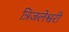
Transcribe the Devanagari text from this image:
त्रिजलेश्वरी